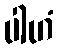
ပါဟံ